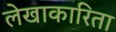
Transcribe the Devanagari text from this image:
लेखाकारिता